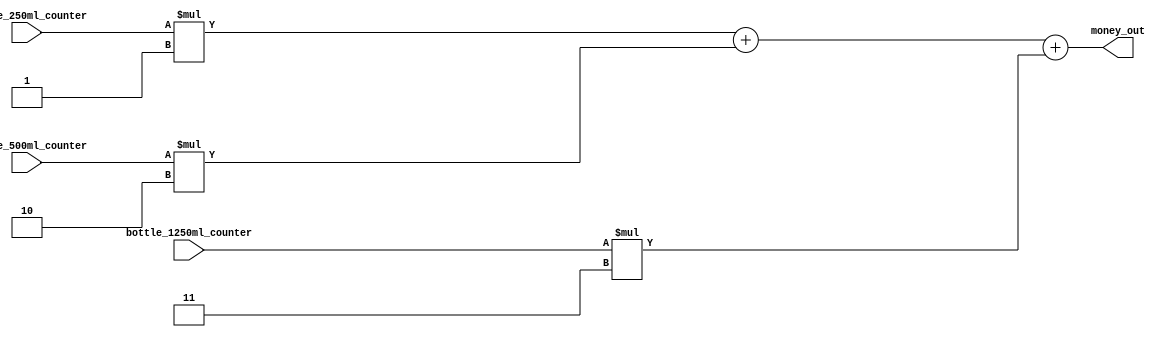
/*************************************************************
Design Name 	: money_counter
File Name   	: money_counter.v
Function    	: Calculates money to be dispansed
programmer    	: 
Last Modified	: 14-11-2015
*************************************************************/

module money_counter(
	//----------------inputs-----------------------------------
		input wire[11:0] bottle_250ml_counter,
		input wire[11:0] bottle_500ml_counter,
		input wire[11:0] bottle_1250ml_counter,
	//----------------outputs----------------------------------
		output wire[11:0] money_out);
	
//-------------------internal signals-------------------------
	reg[11:0] money_250ml_counter;
	reg[11:0] money_500ml_counter;
	reg[11:0] money_1250ml_counter;
	
//-------------------execution--------------------------------
	always @(bottle_250ml_counter) begin
		money_250ml_counter = bottle_250ml_counter * 1;
	end
	
	always @(bottle_500ml_counter) begin
		money_500ml_counter = bottle_500ml_counter * 2;
	end
	
	always @(bottle_1250ml_counter) begin
		money_1250ml_counter = bottle_1250ml_counter * 3;
	end
	
	assign money_out = money_250ml_counter + money_500ml_counter + money_1250ml_counter;
	
endmodule